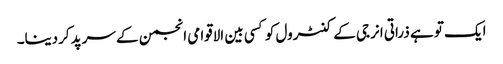
ایک تو ہے ذراتی انرجی کے کنٹرول کو کسی بین الاقوامی انجمن کے سرپد کردینا۔